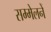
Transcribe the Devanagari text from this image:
सम्मेलनें